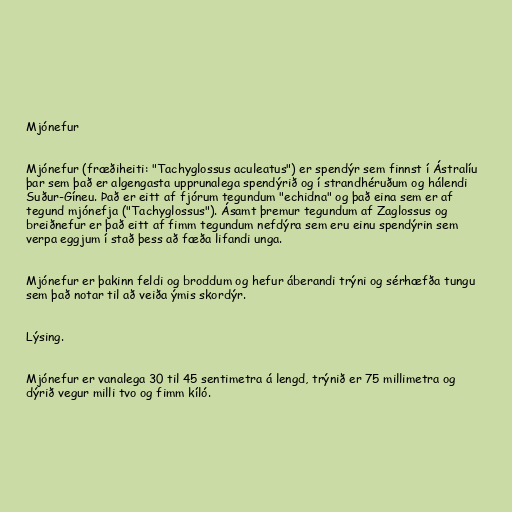
Mjónefur

Mjónefur (fræðiheiti: "Tachyglossus aculeatus") er spendýr sem finnst í Ástralíu
þar sem það er algengasta upprunalega spendýrið og í strandhéruðum og hálendi
Suður-Gíneu. Það er eitt af fjórum tegundum "echidna" og það eina sem er af
tegund mjónefja ("Tachyglossus"). Ásamt þremur tegundum af Zaglossus og
breiðnefur er það eitt af fimm tegundum nefdýra sem eru einu spendýrin sem
verpa eggjum í stað þess að fæða lifandi unga.

Mjónefur er þakinn feldi og broddum og hefur áberandi trýni og sérhæfða tungu
sem það notar til að veiða ýmis skordýr.

Lýsing.

Mjónefur er vanalega 30 til 45 sentimetra á lengd, trýnið er 75 millimetra og
dýrið vegur milli tvo og fimm kíló.